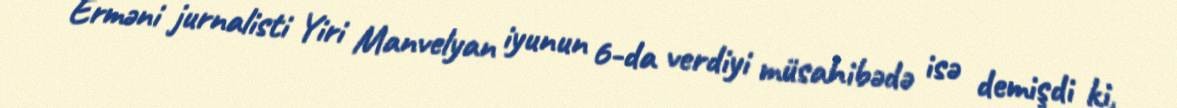
Erməni jurnalisti Yiri Manvelyan iyunun 6-da verdiyi müsahibədə isə demişdi ki,